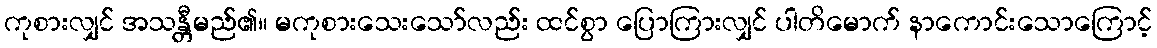
ကုစားလျှင် အသန္တီမည်၏။ မကုစားသေးသော်လည်း ထင်စွာ ပြောကြားလျှင် ပါတိမောက် နာကောင်းသောကြောင့်